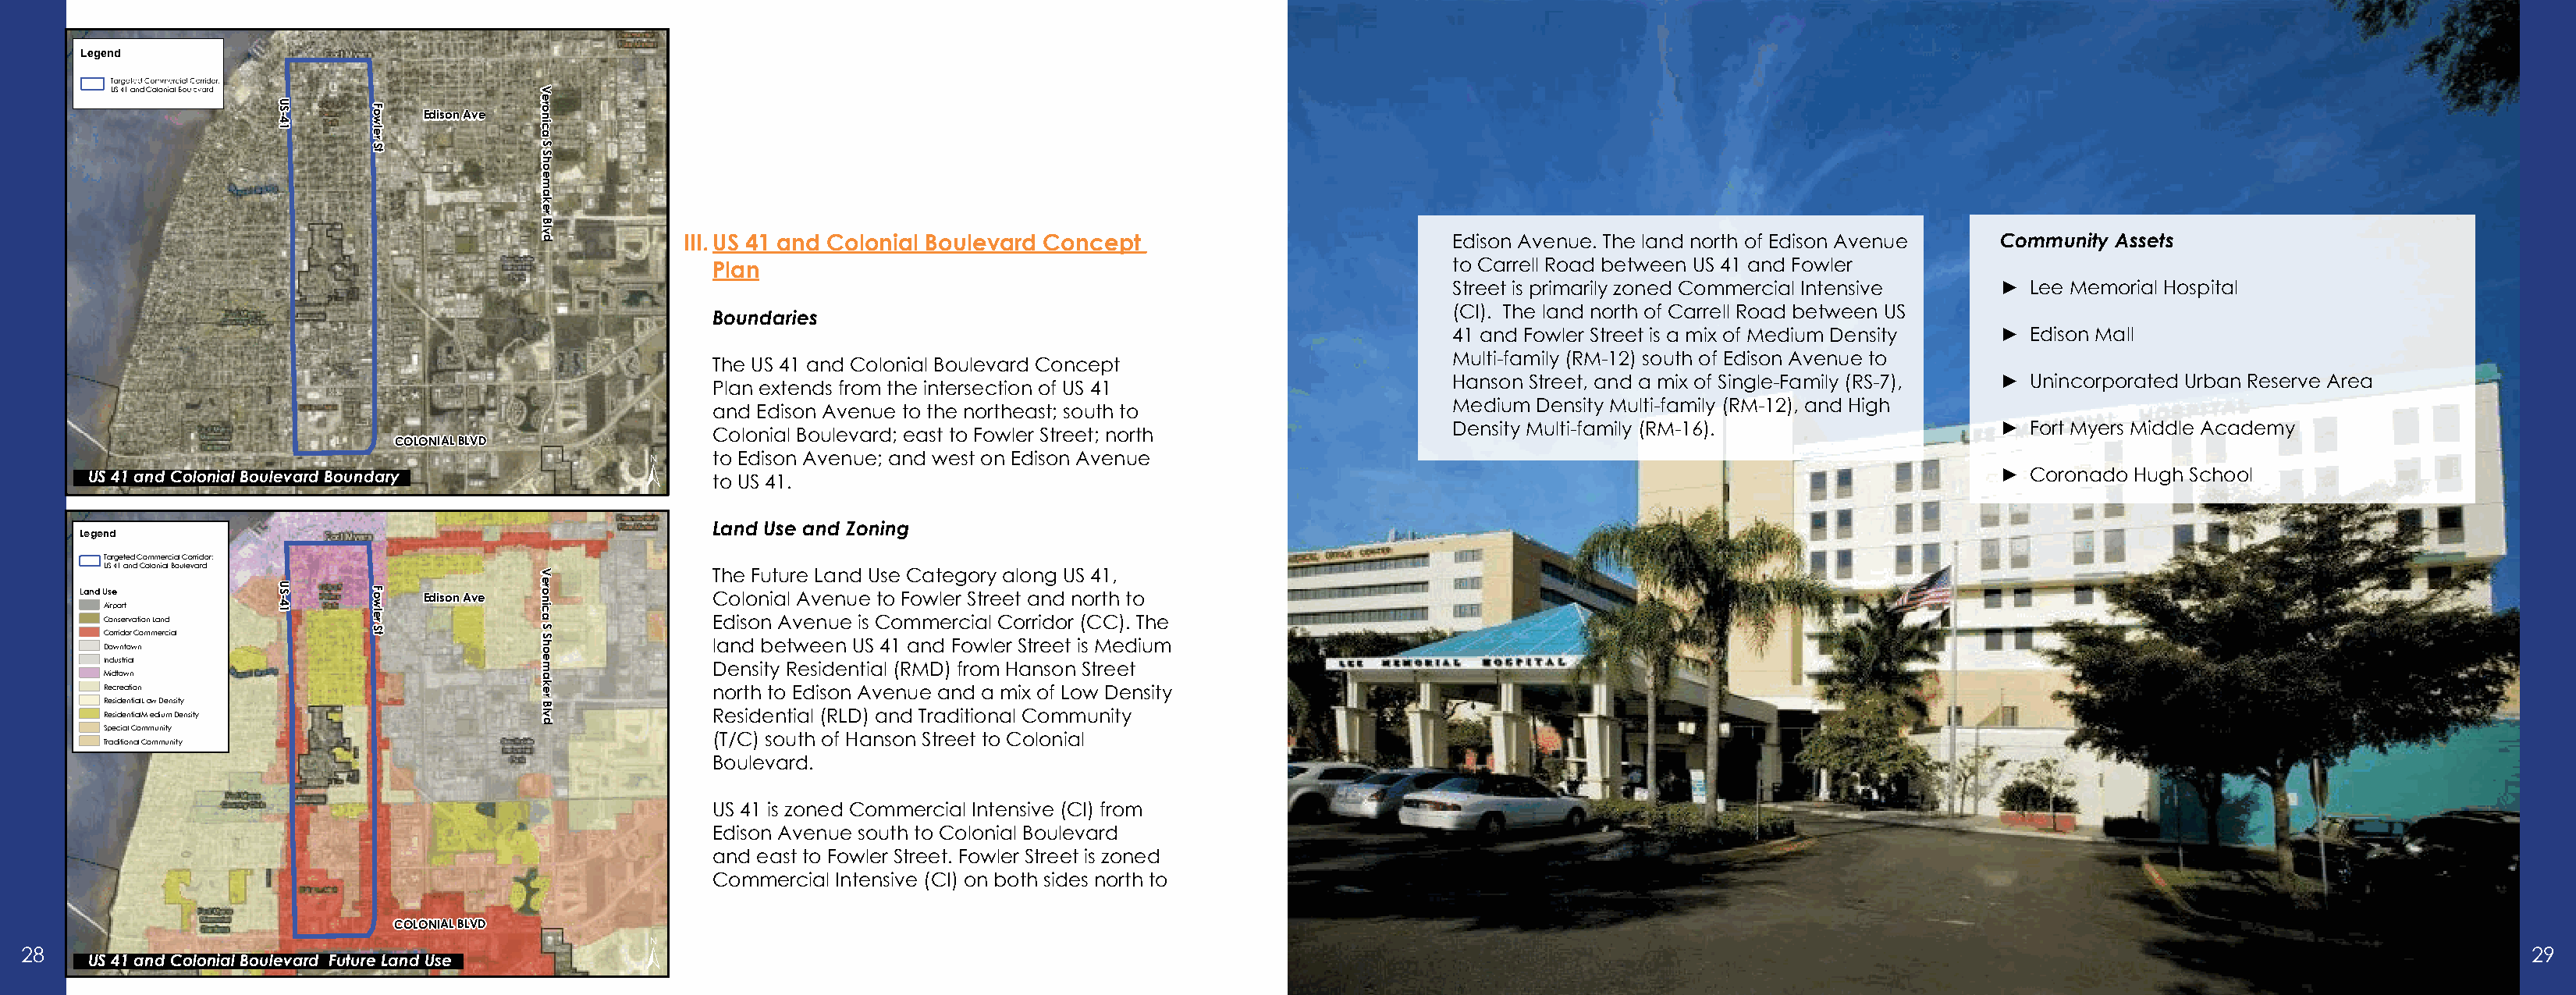
Legend
 US 41 and Colonial                   V
 U S - 4 1 F o w le Edison Ave e ro n ic a
 r
 S              S
 t              S
 h
 o
 e
 m
 a
 k
 e
 r
 B
 lv
 d           III. US 41 and Colonial Boulevard Concept                        Edison Avenue. The land north of Edison Avenue Community Assets
 Plan                                                           to Carrell Road between US 41 and Fowler
 Street is primarily zoned Commercial Intensive ► Lee Memorial Hospital
 (CI). The land north of Carrell Road between US
 Boundaries
 41 and Fowler Street is a mix of Medium Density ► Edison Mall
 Multi-family (RM-12) south of Edison Avenue to
 The US 41 and Colonial Boulevard Concept
 Hanson Street, and a mix of Single-Family (RS-7), ► Unincorporated Urban Reserve Area
 Plan extends from the intersection of US 41
 Medium Density Multi-family (RM-12), and High
 and Edison Avenue to the northeast; south to
 Density Multi-family (RM-16).                  ► Fort Myers Middle Academy
 Colonial Boulevard; east to Fowler Street; north
 COLONIALBLVD
 ±
 to Edison Avenue; and west on Edison Avenue
 US 41 and Colonial Boulevard Boundary                to US 41.                                                                                                     ► Coronado Hugh School
 Land Use and Zoning
 Legend
 Targeted Commercial Corridor:
 US 41 and Colonial Boulevard
 V             The Future Land Use Category along US 41,
 Land U A Cs i ore p no sert rvationLand U S - 4 1 F o w le r Edison Ave e ro n ic a C Edo islo on ni a Al vA ev ne un eu ie s Cto o F mo mwl ee rr c S iatr le Ce ot ra rin dd o rn (o Crt Ch ) t . o Th e
 S              S
 CorridorCommercial    t              S
 h             land between US 41 and Fowler Street is Medium
 Downtown                             o
 Industrial                           e m           Density Residential (RMD) from Hanson Street
 Midtown                              a
 k
 Recreation                           e             north to Edison Avenue and a mix of Low Density
 ResidentialLow Density               r B
 ResidentialMediumDensity             lv d          Residential (RLD) and Traditional Community
 SpecialCommunity
 (T/C) south of Hanson Street to Colonial
 TraditionalCommunity
 Boulevard.
 US 41 is zoned Commercial Intensive (CI) from
 Edison Avenue south to Colonial Boulevard
 and east to Fowler Street. Fowler Street is zoned
 Commercial Intensive (CI) on both sides north to
 COLONIALBLVD
 ±
 28                                                                                                                                                                                                                   29
 US 41 and Colonial Boulevard Future Land Use